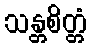
သန္တစိတ္တံ